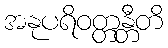
အနုပရိဝတ္တန္တီတိ